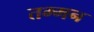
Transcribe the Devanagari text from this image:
तम्मन